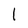
Character: l